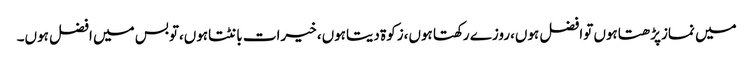
میں نمازپڑھتاہوں توافضل ہوں،روزے رکھتا ہوں،زکوۃ دیتاہوں، خیرات بانٹتاہوں،توبس میں افضل ہوں۔